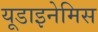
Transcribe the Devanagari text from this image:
यूडाइनेमिस